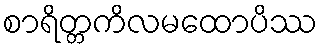
စာရိတ္တကိလမထောပိဿ